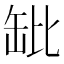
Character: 𬙌